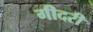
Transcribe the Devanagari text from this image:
गीदरी